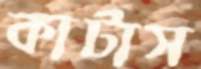
কাটাস